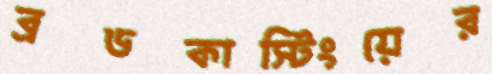
ব্রডকাস্টিংয়ের